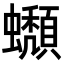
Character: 𧔾